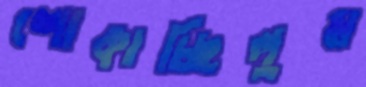
শোকাচ্ছিলুম